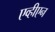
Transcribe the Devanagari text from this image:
एव्हीएन